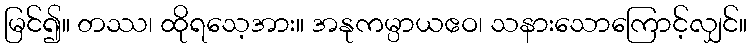
မြင်၍။ တဿ၊ ထိုရသေ့အား။ အနုကမ္ပာယဧဝ၊ သနားသောကြောင့်လျှင်။